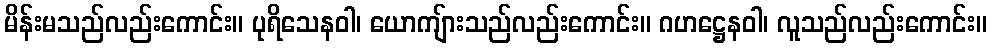
မိန်းမသည်လည်းကောင်း။ ပုရိသေနဝါ၊ ယောကျ်ားသည်လည်းကောင်း။ ဂဟဋ္ဌေနဝါ၊ လူသည်လည်းကောင်း။